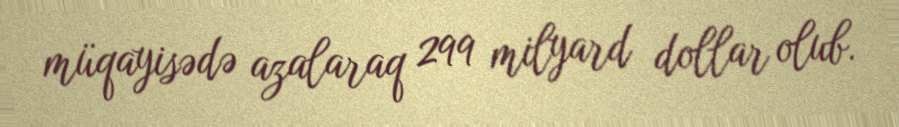
müqayisədə azalaraq 299 milyard dollar olub.